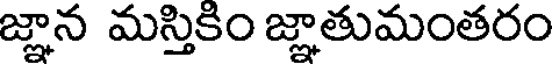
జ్ఞాన మస్తికిం జ్ఞాతుమంతరం